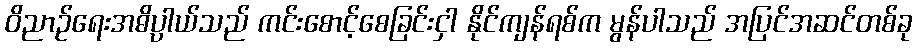
ဝိညာဉ်ရေးအဓိပ္ပါယ်သည် ကင်းစောင့်စေခြင်းငှါ နိုင်ကျန်ရစ်က မွန်ပါသည် အပြင်အဆင်တစ်ခု